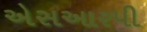
એસઆરપી